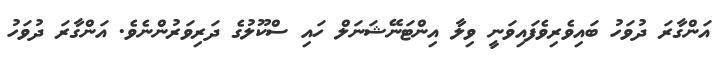
އަންގާރަ ދުވަހު ބައިވެރިވެފައިވަނީ ވިލާ އިންޓަނޭޝަނަލް ހައި ސްކޫލުގެ ދަރިވަރުންނެވެ. އަންގާރަ ދުވަހު